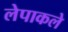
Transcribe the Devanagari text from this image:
लेपाकले